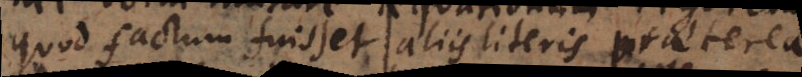
quod factum fuisset aliis literis praeterea